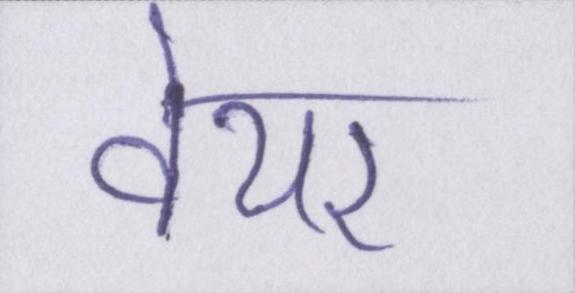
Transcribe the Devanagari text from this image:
वेयर